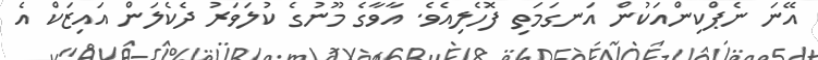
އޭނަ ނެޕްކިންއަކުން އަނގަމަތި ފޮހެލިއެވެ. އާވާގެ މޫނުގެ ކުލަވަރު ދެކެލަން އައިޒަކް އެ